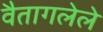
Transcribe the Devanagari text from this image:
वैतागलेले